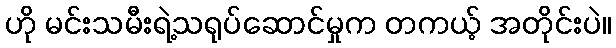
ဟို မင်းသမီးရဲ့သရုပ်ဆောင်မှုက တကယ့် အတိုင်းပဲ။